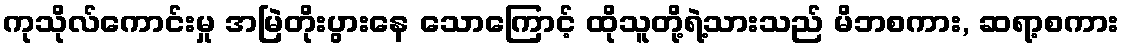
ကုသိုလ်ကောင်းမှု အမြဲတိုးပွားနေ သောကြောင့် ထိုသူတို့ရဲ့သားသည် မိဘစကား, ဆရာ့စကား